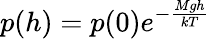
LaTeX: p(h)=p(0)e^{-{\frac{Mgh}{kT}}}